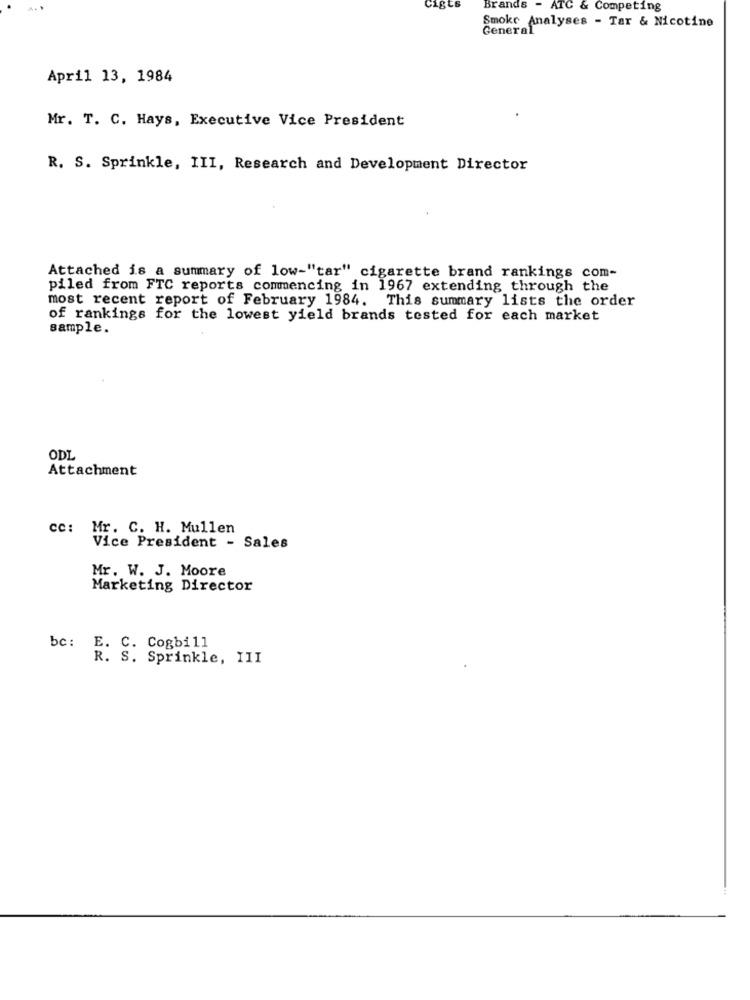
cigts
Brands - ATC & Competing
Smoke Analyses - Tar & Nicotine
General
April 13, 1984
Mr. T. C. Hays, Executive Vice President
R. S. Sprinkle, III, Research and Development Director
Attached is a summary of low-"tar" cigarette brand rankings com-
piled from FTC reports commencing in 1967 extending through the
most recent report of February 1984. This summary lists the order
of rankings for the lowest yield brands tested for each market
sample.
ODL
Attachment
cc: Mr. C. H. Mullen
Vice President - Sales
Mr. W. J. Moore
Marketing Director
bc: E. C. Cogbill
R. S. Sprinkle, III